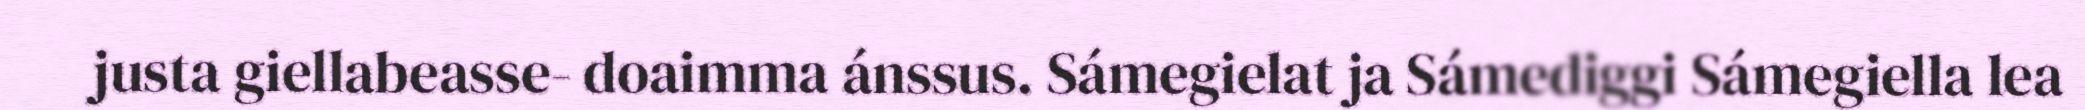
justa giellabeasse- doaimma ánssus. Sámegielat ja Sámediggi Sámegiella lea